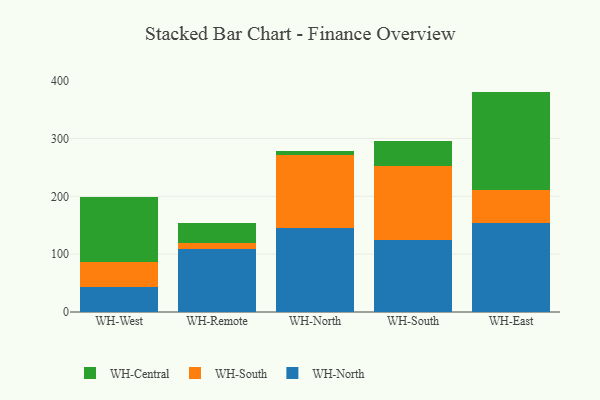
{"axis": {"x": "Warehouse", "y": "Market Share (%)"}, "legend": ["WH-Central", "WH-North", "WH-South"], "data": [{"x": "WH-West", "y": 43.7, "type": "WH-North"}, {"x": "WH-West", "y": 42.5, "type": "WH-South"}, {"x": "WH-West", "y": 111.8, "type": "WH-Central"}, {"x": "WH-Remote", "y": 108.8, "type": "WH-North"}, {"x": "WH-Remote", "y": 10.5, "type": "WH-South"}, {"x": "WH-Remote", "y": 33.9, "type": "WH-Central"}, {"x": "WH-North", "y": 145.2, "type": "WH-North"}, {"x": "WH-North", "y": 126.4, "type": "WH-South"}, {"x": "WH-North", "y": 7.0, "type": "WH-Central"}, {"x": "WH-South", "y": 123.8, "type": "WH-North"}, {"x": "WH-South", "y": 128.6, "type": "WH-South"}, {"x": "WH-South", "y": 42.9, "type": "WH-Central"}, {"x": "WH-East", "y": 154.0, "type": "WH-North"}, {"x": "WH-East", "y": 56.5, "type": "WH-South"}, {"x": "WH-East", "y": 170.5, "type": "WH-Central"}]}